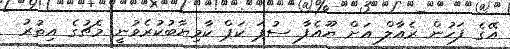
އޭގެ ފަހުން ރެއާލް އަށް ޔޫއެފާ ސުޕަ ކަޕް ކާމިޔާބުކުރެވުނީ މެޗުގެ އިތުރު